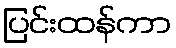
ပြင်းထန်ကာ